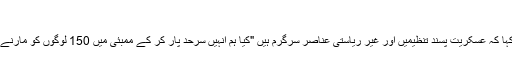
"
انہوں نے مزید کہا کہ عسکریت پسند تنظیمیں اور غیر ریاستی عناصر سرگرم ہیں "کیا ہم انہیں سرحد پار کر کے ممبئی میں 150 لوگوں کو مارنے کی اجازت دیں۔